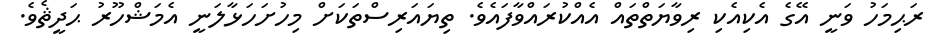
ރަޙިމަހު ވަނީ އޭގެ އެކިއެކި ރިވާޔަތްތައް އެއްކުރައްވާފައެވެ. ތިޔައަރިސްތަކަށް މިހުށަހަޅާލަނީ އެމަޝްހޫރު ޙަދީޘެވެ.